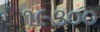
૧૯૩૦૦